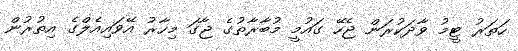
ހަތަރު ޓީމު ވާދަކުރަން ޖެހޭ ގައުމީ މުބާރާތުގެ ޖާގަ މިހާރު އޭވައިއެލްގެ އިތުރުން